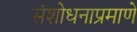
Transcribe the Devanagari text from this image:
संशोधनाप्रमाणे